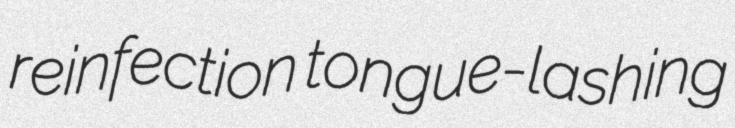
reinfection tongue-lashing